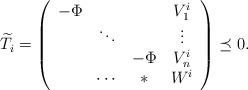
LaTeX: \begin{align*}\widetilde{T}_{i}=\left(\begin{array}{cccc}-\Phi &&& V^i_1\\&\ddots&&\vdots\\&&-\Phi& V^i_n\\*&\cdots&*&W^{i}\end{array}\right)\preceq0.\end{align*}